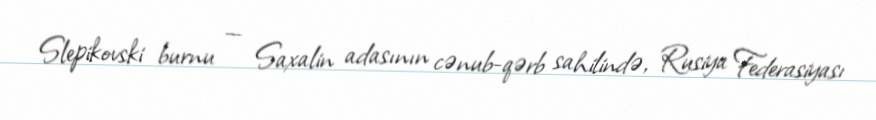
Slepikovski burnu — Saxalin adasının cənub-qərb sahilində, Rusiya Federasiyası